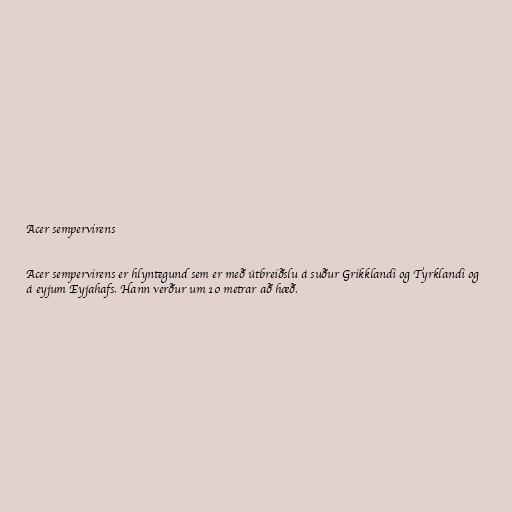
Acer sempervirens

Acer sempervirens er hlyntegund sem er með útbreiðslu á suður Grikklandi og Tyrklandi og
á eyjum Eyjahafs. Hann verður um 10 metrar að hæð.